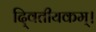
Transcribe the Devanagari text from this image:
दि्वतीयकम्।